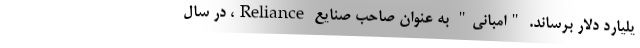
یلیارد دلار برساند. "امبانی" به عنوان صاحب صنایع Reliance، در سال